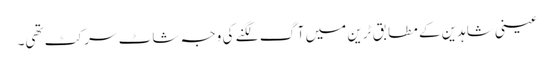
عینی شاہدین کے مطابق ٹرین میں آگ لگنے کی وجہ شاٹ سرکٹ تھی۔